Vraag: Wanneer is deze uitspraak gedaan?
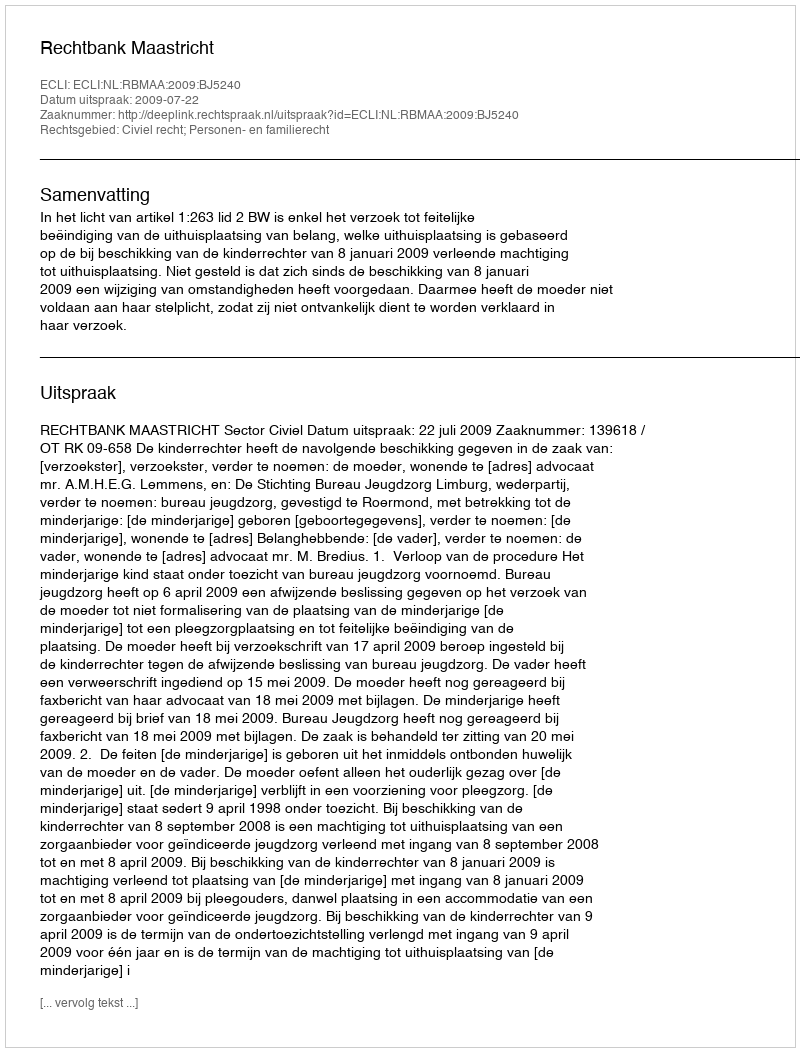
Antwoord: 2009-07-22